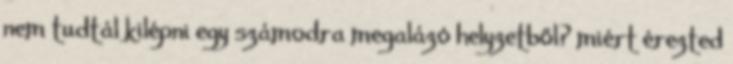
nem tudtál kilépni egy számodra megalázó helyzetből? miért érezted